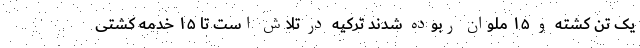
یک تن کشته و ۱۵ ملوان ربوده شدند ترکیه در تلاش است تا ۱۵ خدمه کشتی